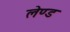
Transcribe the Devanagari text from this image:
लेण्ड